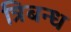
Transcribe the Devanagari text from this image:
त्रिबन्ध